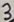
Text: 3